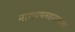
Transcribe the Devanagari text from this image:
नारायणमहाराजांचा